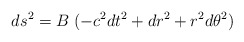
\begin{align*}ds^2 = B\; ( -c^2 dt^2 + d r^2 + r^2 d\theta^2)\end{align*}